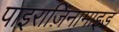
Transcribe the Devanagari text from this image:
पाइराज़िनामाइड